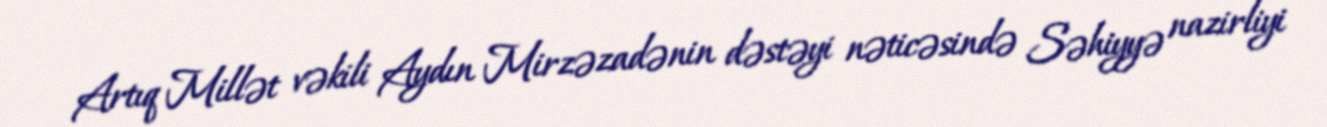
Artıq Millət vəkili Aydın Mirzəzadənin dəstəyi nəticəsində Səhiyyə nazirliyi